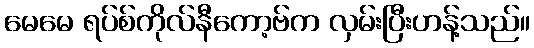
မေမေ ရပ်စ်ကိုလ်နီကော့ဗ်က လှမ်းပြီးဟန့်သည်။